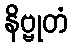
နိဗ္ဗုတံ